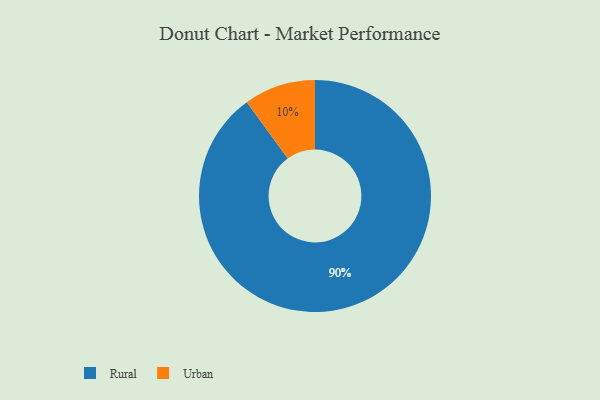
{"axis": {"x": "Category", "y": "Percentage"}, "legend": ["Rural", "Urban"], "data": [{"x": "Rural", "y": 90, "type": "Rural"}, {"x": "Urban", "y": 10, "type": "Urban"}]}